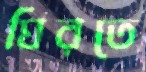
ঘিরতে